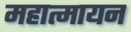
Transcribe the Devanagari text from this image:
महात्मायन